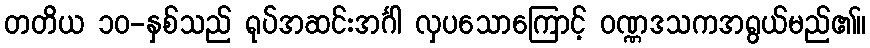
တတိယ ၁၀-နှစ်သည် ရုပ်အဆင်းအင်္ဂါ လှပသောကြောင့် ဝဏ္ဏဒသကအရွယ်မည်၏။